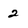
Character: 2